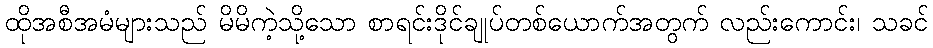
ထိုအစီအမံများသည် မိမိကဲ့သို့သော စာရင်းဒိုင်ချုပ်တစ်ယောက်အတွက် လည်းကောင်း၊ သခင်